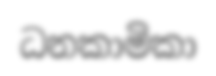
ධනකාමිකා